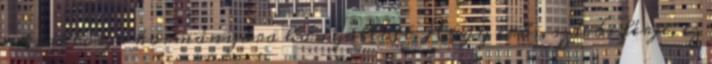
a traktorja kormányára hanyatlott. Hogy erős, szívós férje, ez